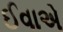
ઈવાએ